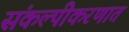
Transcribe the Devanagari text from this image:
संकल्पीकरणात